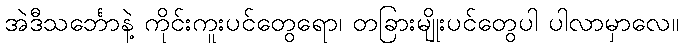
အဲဒီသင်္ဘောနဲ့ ကိုင်းကူးပင်တွေရော၊ တခြားမျိုးပင်တွေပါ ပါလာမှာလေ။